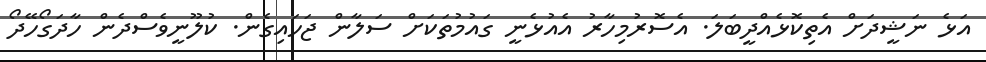
އަޅެ ނަޝީދަށް އެތިކޮޅެއްދީބަލަ. އެސޮރުމިހާރު އެއުޅެނީ ގައުމުތަކަށް ސަލާން ޖަހައިގެން. ކުލޫނީވެސްދެން ހާދަގޯހޭދޯ